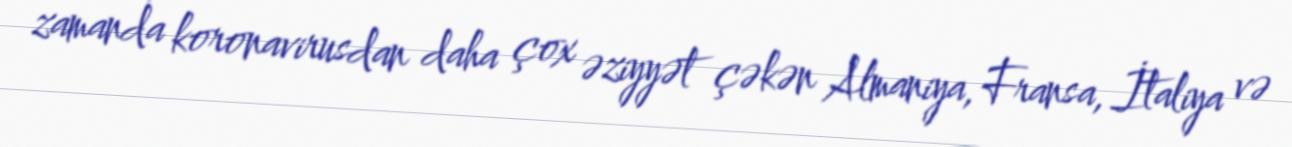
zamanda koronavirusdan daha çox əziyyət çəkən Almaniya, Fransa, İtaliya və